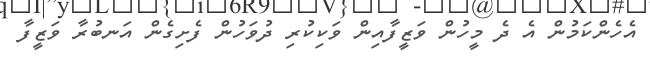
އެހެންކަމުން އެ ދެ މީހުން ވަޒީފާއިން ވަކިކުރި ދުވަހުން ފެށިގެން އަނބުރާ ވަޒީފާ